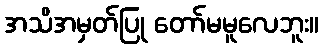
အသိအမှတ်ပြု တော်မမူလေဘူး။